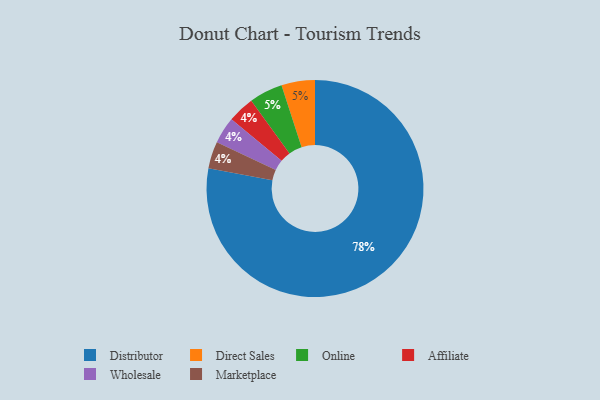
{"axis": {"x": "Category", "y": "Percentage"}, "legend": ["Affiliate", "Direct Sales", "Distributor", "Marketplace", "Online", "Wholesale"], "data": [{"x": "Affiliate", "y": 4, "type": "Affiliate"}, {"x": "Direct Sales", "y": 5, "type": "Direct Sales"}, {"x": "Wholesale", "y": 4, "type": "Wholesale"}, {"x": "Marketplace", "y": 4, "type": "Marketplace"}, {"x": "Distributor", "y": 78, "type": "Distributor"}, {"x": "Online", "y": 5, "type": "Online"}]}